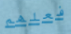
فعلهم